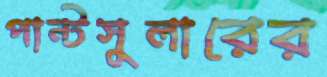
পান্টসুলারের